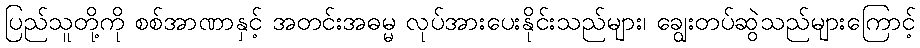
ပြည်သူတို့ကို စစ်အာဏာနှင့် အတင်းအဓမ္မ လုပ်အားပေးနိုင်းသည်များ၊ ချွေးတပ်ဆွဲသည်များကြောင့်